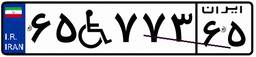
۶۵W۷۷۳۶۵